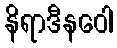
နိရာဒီနဝေါ